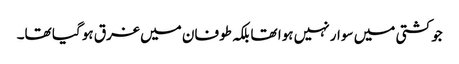
جو کشتی میں سوار نہیں ہوا تھا بلکہ طوفان میں غرق ہو گیا تھا۔